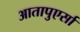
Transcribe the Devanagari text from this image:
आतापुएर्सा